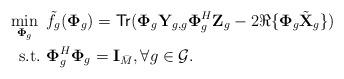
LaTeX: \begin{align*} \min_{\mathbf{\Phi}_{g}} ~ &\tilde{f}_g(\mathbf{\Phi}_{g}) = \mathsf{Tr}(\mathbf{\Phi}_{g} \mathbf{Y}_{g,g}\mathbf{\Phi}_{g}^H\mathbf{Z}_{g} - 2\Re\{\mathbf{\Phi}_{g}\tilde{\mathbf{X}}_{g}\})\\ \mathrm{s.t.} ~ & \mathbf{\Phi}_{g}^H\mathbf{\Phi}_{g} = \mathbf{I}_{\bar{M}}, \forall g \in \mathcal{G}. \end{align*}